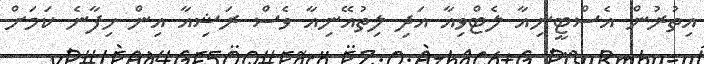
އިތުރުން އެސްޓީނިއާ ލެޓްވިއާ އަދި ލިތުއޭނިއާ ވެސް ރަޝިއާ އިން ހިފާނެ ކަމަށް